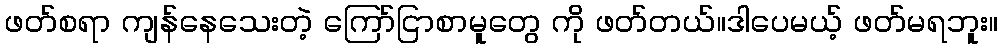
ဖတ်စရာ ကျန်နေသေးတဲ့ ကြော်ငြာစာမူတွေ ကို ဖတ်တယ်။ဒါပေမယ့် ဖတ်မရဘူး။